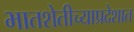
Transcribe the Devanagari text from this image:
भातशेतीच्याप्रदेशात